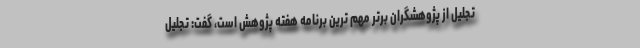
تجلیل از پژوهشگران برتر مهم ترین برنامه هفته پژوهش است، گفت: تجلیل